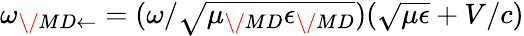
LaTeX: \omega_{{\/ {MD}}\leftarrow}=(\omega/\sqrt{\mu_{\/ {MD}}\epsilon_{\/ {MD}}})(\sqrt{\mu\epsilon}+V/c)